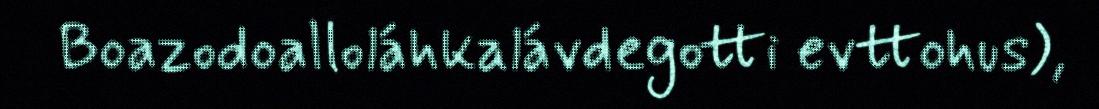
Boazodoalloláhkalávdegotti evttohus),